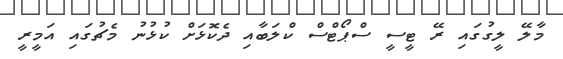
މާލޭ ލީގުގައި ރޭ ޓީސީ ސްޕޯޓްސް ކްލަބާއި ދެކޮޅަށް ކުޅުނު މެޗުގައި އަމީރީ